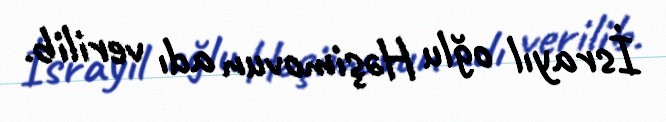
İsrayıl oğlu Həşimovun adı verilib.